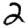
Digit: 2